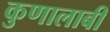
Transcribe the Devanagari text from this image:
कुणालाबी